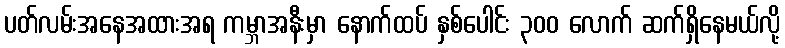
ပတ်လမ်းအနေအထားအရ ကမ္ဘာအနီးမှာ နောက်ထပ် နှစ်ပေါင်း ၃၀၀ လောက် ဆက်ရှိနေမယ်လို့